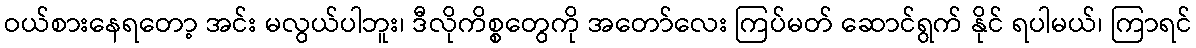
ဝယ်စားနေရတော့ အင်း မလွယ်ပါဘူး၊ ဒီလိုကိစ္စတွေကို အတော်လေး ကြပ်မတ် ဆောင်ရွက် နိုင် ရပါမယ်၊ ကြာရင်